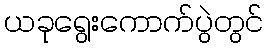
ယခုရွေးကောက်ပွဲတွင်